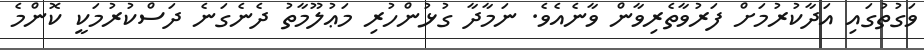
ވަގުތުގައި އަދާކުރުމަށް ފަރުވާތެރިވާން ވާނެއެވެ. ނަމާދާ ގުޅުންހުރި މަޢުލޫމާތު ދެނެގަނެ ދަސްކުރުމަކީ ކޮންމެ